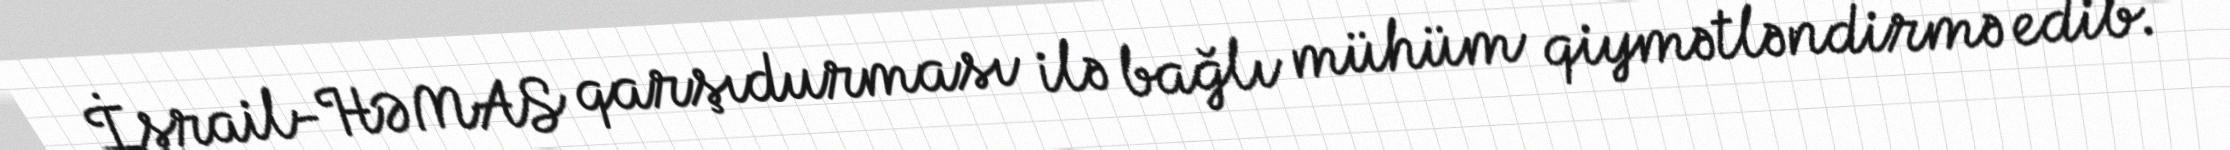
İsrail-HƏMAS qarşıdurması ilə bağlı mühüm qiymətləndirmə edib.